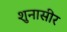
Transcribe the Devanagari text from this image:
शुनासीर